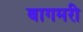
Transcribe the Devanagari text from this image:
बागमरी